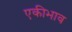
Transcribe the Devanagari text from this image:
एकीभाव